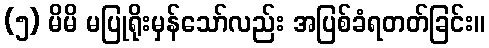
(၅) မိမိ မပြုရိုးမှန်သော်လည်း အပြစ်ခံရတတ်ခြင်း။